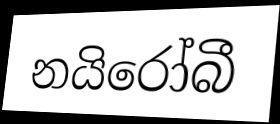
නයිරෝබී